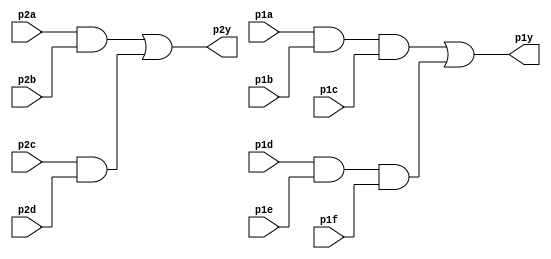
module top_module ( 
    input p1a, p1b, p1c, p1d, p1e, p1f,
    output p1y,
    input p2a, p2b, p2c, p2d,
    output p2y );

    wire buffer_1, buffer_2, buffer_3, buffer_4;
    
    assign buffer_1 = p2a & p2b;
    assign buffer_2 = p2c & p2d;
    assign buffer_3 = p1a & p1b & p1c;
    assign buffer_4 = p1d & p1e & p1f;
    
    assign p2y = buffer_1 | buffer_2;
    assign p1y = buffer_3 | buffer_4;

endmodule